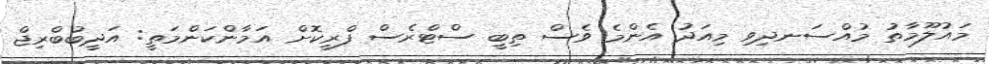
މައުލޫމާތު މުއްސަނދިވި މިއަދު އެންމެ ވެސް ތިބީ ސްޓްރެސް ފްރީކޮށް އަމާންކަންމަތީ: އަދީބުބްރިޖް